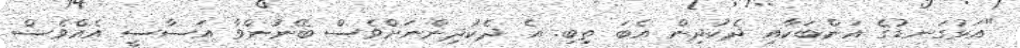
"އަޅުގަނޑުގެ އަންބަކާއި ދެކުދިން އެބަ ތިބި. އެ ދެކުދިންނަށްވެސް ބޭނުންވާ އަސާސީ އެއްވެސް